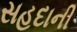
સહદાની